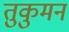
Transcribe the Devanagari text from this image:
तुकुमन